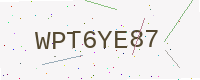
Text: WPT6YE87